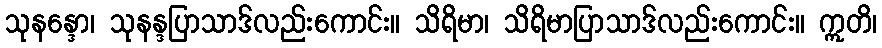
သုနန္ဒော၊ သုနန္ဒပြာသာဒ်လည်းကောင်း။ သိရိမာ၊ သိရိမာပြာသာဒ်လည်းကောင်း။ ဣတိ၊